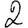
Digit: 2